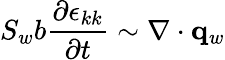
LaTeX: S_{w}b\frac{\partial\epsilon_{kk}}{\partial t}\sim\nabla\cdot\mathbf{q}_{w}